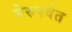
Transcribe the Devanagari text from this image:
मेरुपर्वत